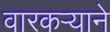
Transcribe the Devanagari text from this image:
वारकर्‍याने